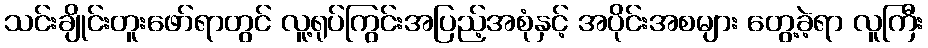
သင်းချိုင်းတူးဖော်ရာတွင် လူ့ရုပ်ကြွင်းအပြည့်အစုံနှင့် အပိုင်းအစများ တွေ့ခဲ့ရာ လူကြီး